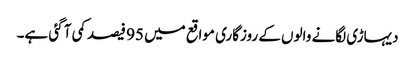
دیہاڑی لگانے والوں کے روزگاری مواقع میں 95 فیصد کمی آ گئی ہے۔